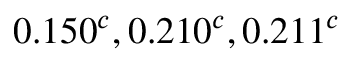
0 . 1 5 0 ^ { c } , 0 . 2 1 0 ^ { c } , 0 . 2 1 1 ^ { c }